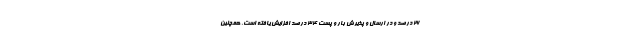
۲۶ درصد و در ارسال و پذیرش بار و پست ۳۴ درصد افزایش یافته است. همچنین